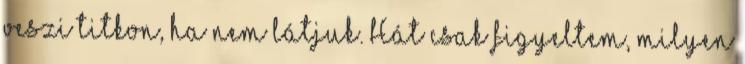
veszi titkon, ha nem látjuk. Hát csak figyeltem, milyen